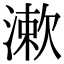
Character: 漱